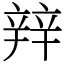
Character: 辡